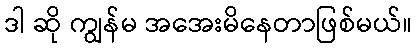
ဒါ ဆို ကျွန်မ အအေးမိနေတာဖြစ်မယ်။